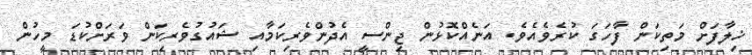
ޚިލާފަށް މަތިކަން ފާހަގަ ކުރެވެއެވެ. އަނެއްކޮޅުން ޖިންސީ އެދުންވެރިކަމާއި ޝައުގުވެރިކަން ވަރަށްކުޑަ މީހުން